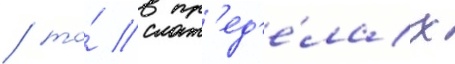
/ то́ в пр'ед'е́лах